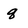
Character: q